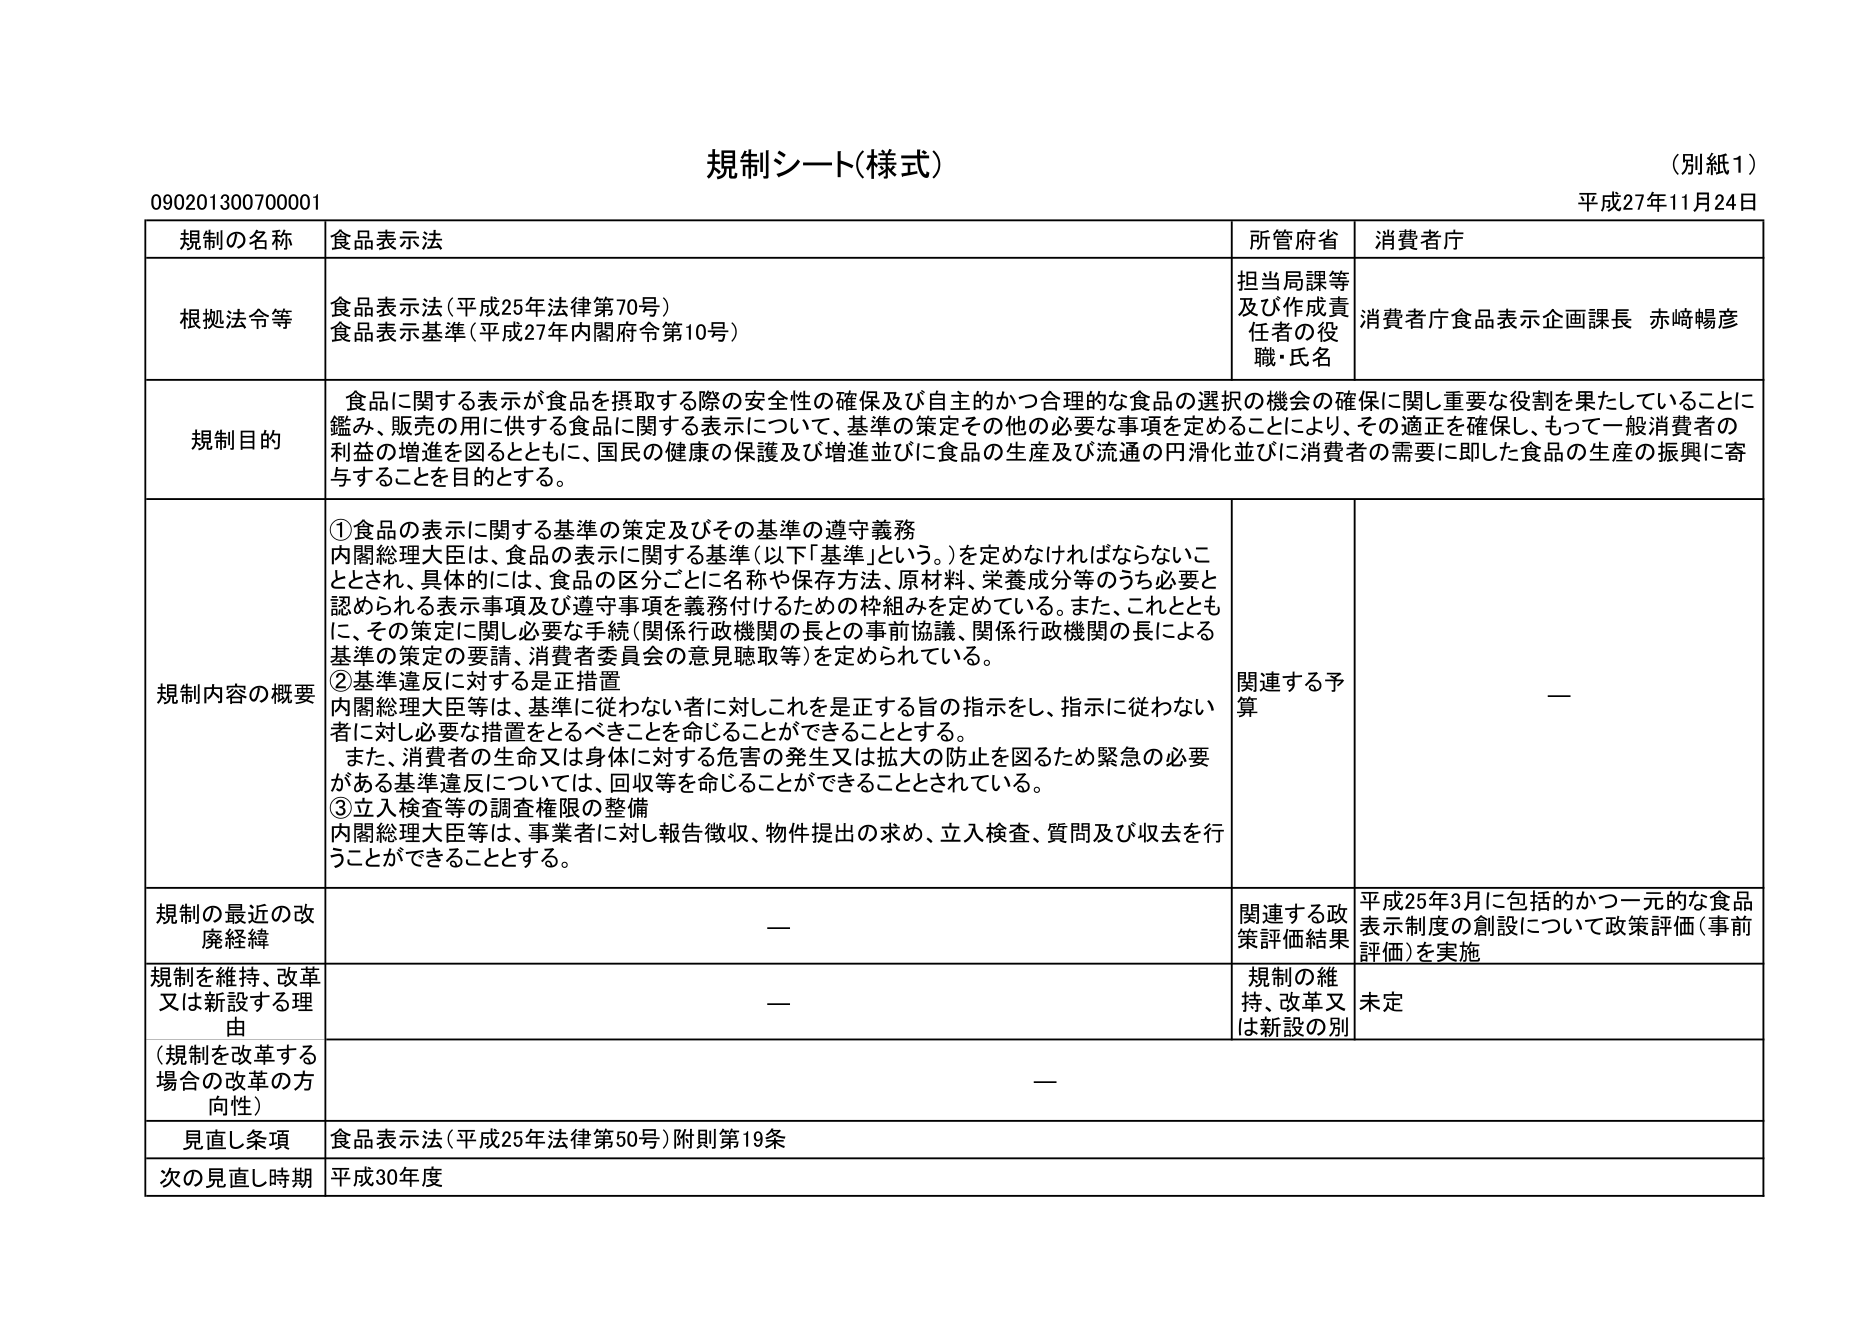
規制シート(様式)
(別紙1)
平成27年11月24日
090201300700001

規制の名称　食品表示法
所管府省　消費者庁

根拠法令等　食品表示法(平成25年法律第70号)
　　　　　　食品表示基準(平成27年内閣府令第10号)
担当局課等及び作成責任者の役職・氏名　消費者庁食品表示企画課長 赤﨑暢彦

規制目的　食品に関する表示が食品を摂取する際の安全性の確保及び自主的かつ合理的な食品の選択の機会の確保に関し重要な役割を果たしていることに鑑み、販売の用に供する食品に関する表示について、基準の策定その他の必要な事項を定めることにより、その適正を確保し、もって一般消費者の利益の増進を図るとともに、国民の健康の保護及び増進並びに食品の生産及び流通の円滑化並びに消費者の需要に即した食品の生産の振興に寄与することを目的とする。

規制内容の概要　①食品の表示に関する基準の策定及びその基準の遵守義務
　　　　　　　　内閣総理大臣は、食品の表示に関する基準(以下「基準」という。)を定めなければならないこととされ、具体的には、食品の区分ごとに名称や保存方法、原材料、栄養成分等のうち必要と認められる表示事項及び遵守事項を義務付けるための枠組みを定めている。また、これとともに、その策定に関し必要な手続(関係行政機関の長との事前協議、関係行政機関の長による基準の策定の要請、消費者委員会の意見聴取等)を定められている。
　　　　　　　　②基準違反に対する是正措置
　　　　　　　　内閣総理大臣等は、基準に従わない者に対しこれを是正する旨の指示をし、指示に従わない者に対し必要な措置をとるべきことを命じることができるることとする。
　　　　　　　　また、消費者の生命又は身体に対する危害の発生又は拡大の防止を図るため緊急の必要がある基準違反については、回収等を命じることができることとされている。
　　　　　　　　③立入検査等の調査権限の整備
　　　　　　　　内閣総理大臣等は、事業者に対し報告徴収、物件提出の求め、立入検査、質問及び収去を行うことができることうとす。
関連する予算　—

規制の最近の改廃経緯　—
関連する政策評価結果　平成25年3月に包括的かつ一元的な食品表示制度の創設について政策評価(事前評価)を実施

規制を維持、改革又は新設する理由　—
規制の維持、改革又は新設の別　未定
(規制を改革する場合の改革の方向性)　—

見直し条項　食品表示法(平成25年法律第50号)附則第19条

次の見直し時期　平成30年度